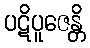
ပဋိပူဇေန္တိ